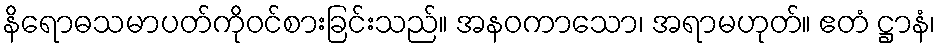
နိရောဓသမာပတ်ကိုဝင်စားခြင်းသည်။ အနဝကာသော၊ အရာမဟုတ်။ ဧတံ ဋ္ဌာနံ၊